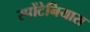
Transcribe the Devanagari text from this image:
स्पोंटेनियास